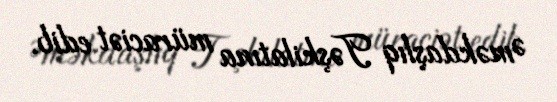
Əməkdaşlıq Təşkilatına müraciət edib.